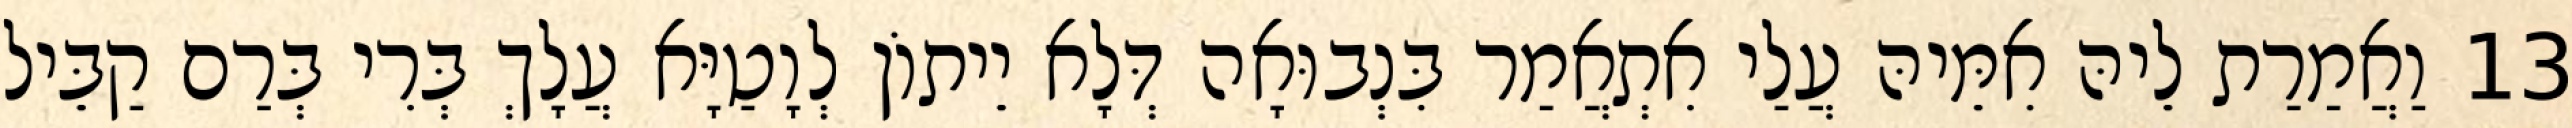
13 וַאֲמַרַת לֵיהּ אִמֵּיהּ עֲלַי אִתְאֲמַר בִּנְבוּאָה דְּלָא יֵיתוֹן לְוָטַיָּא עֲלָךְ בְּרִי בְּרַם קַבֵּיל